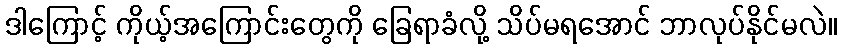
ဒါကြောင့် ကိုယ့်အကြောင်းတွေကို ခြေရာခံလို့ သိပ်မရအောင် ဘာလုပ်နိုင်မလဲ။